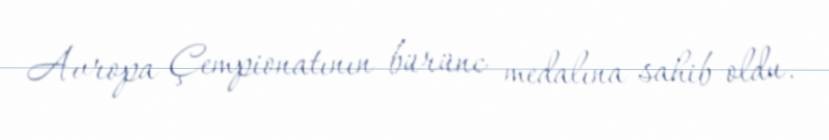
Avropa Çempionatının bürünc medalına sahib oldu.